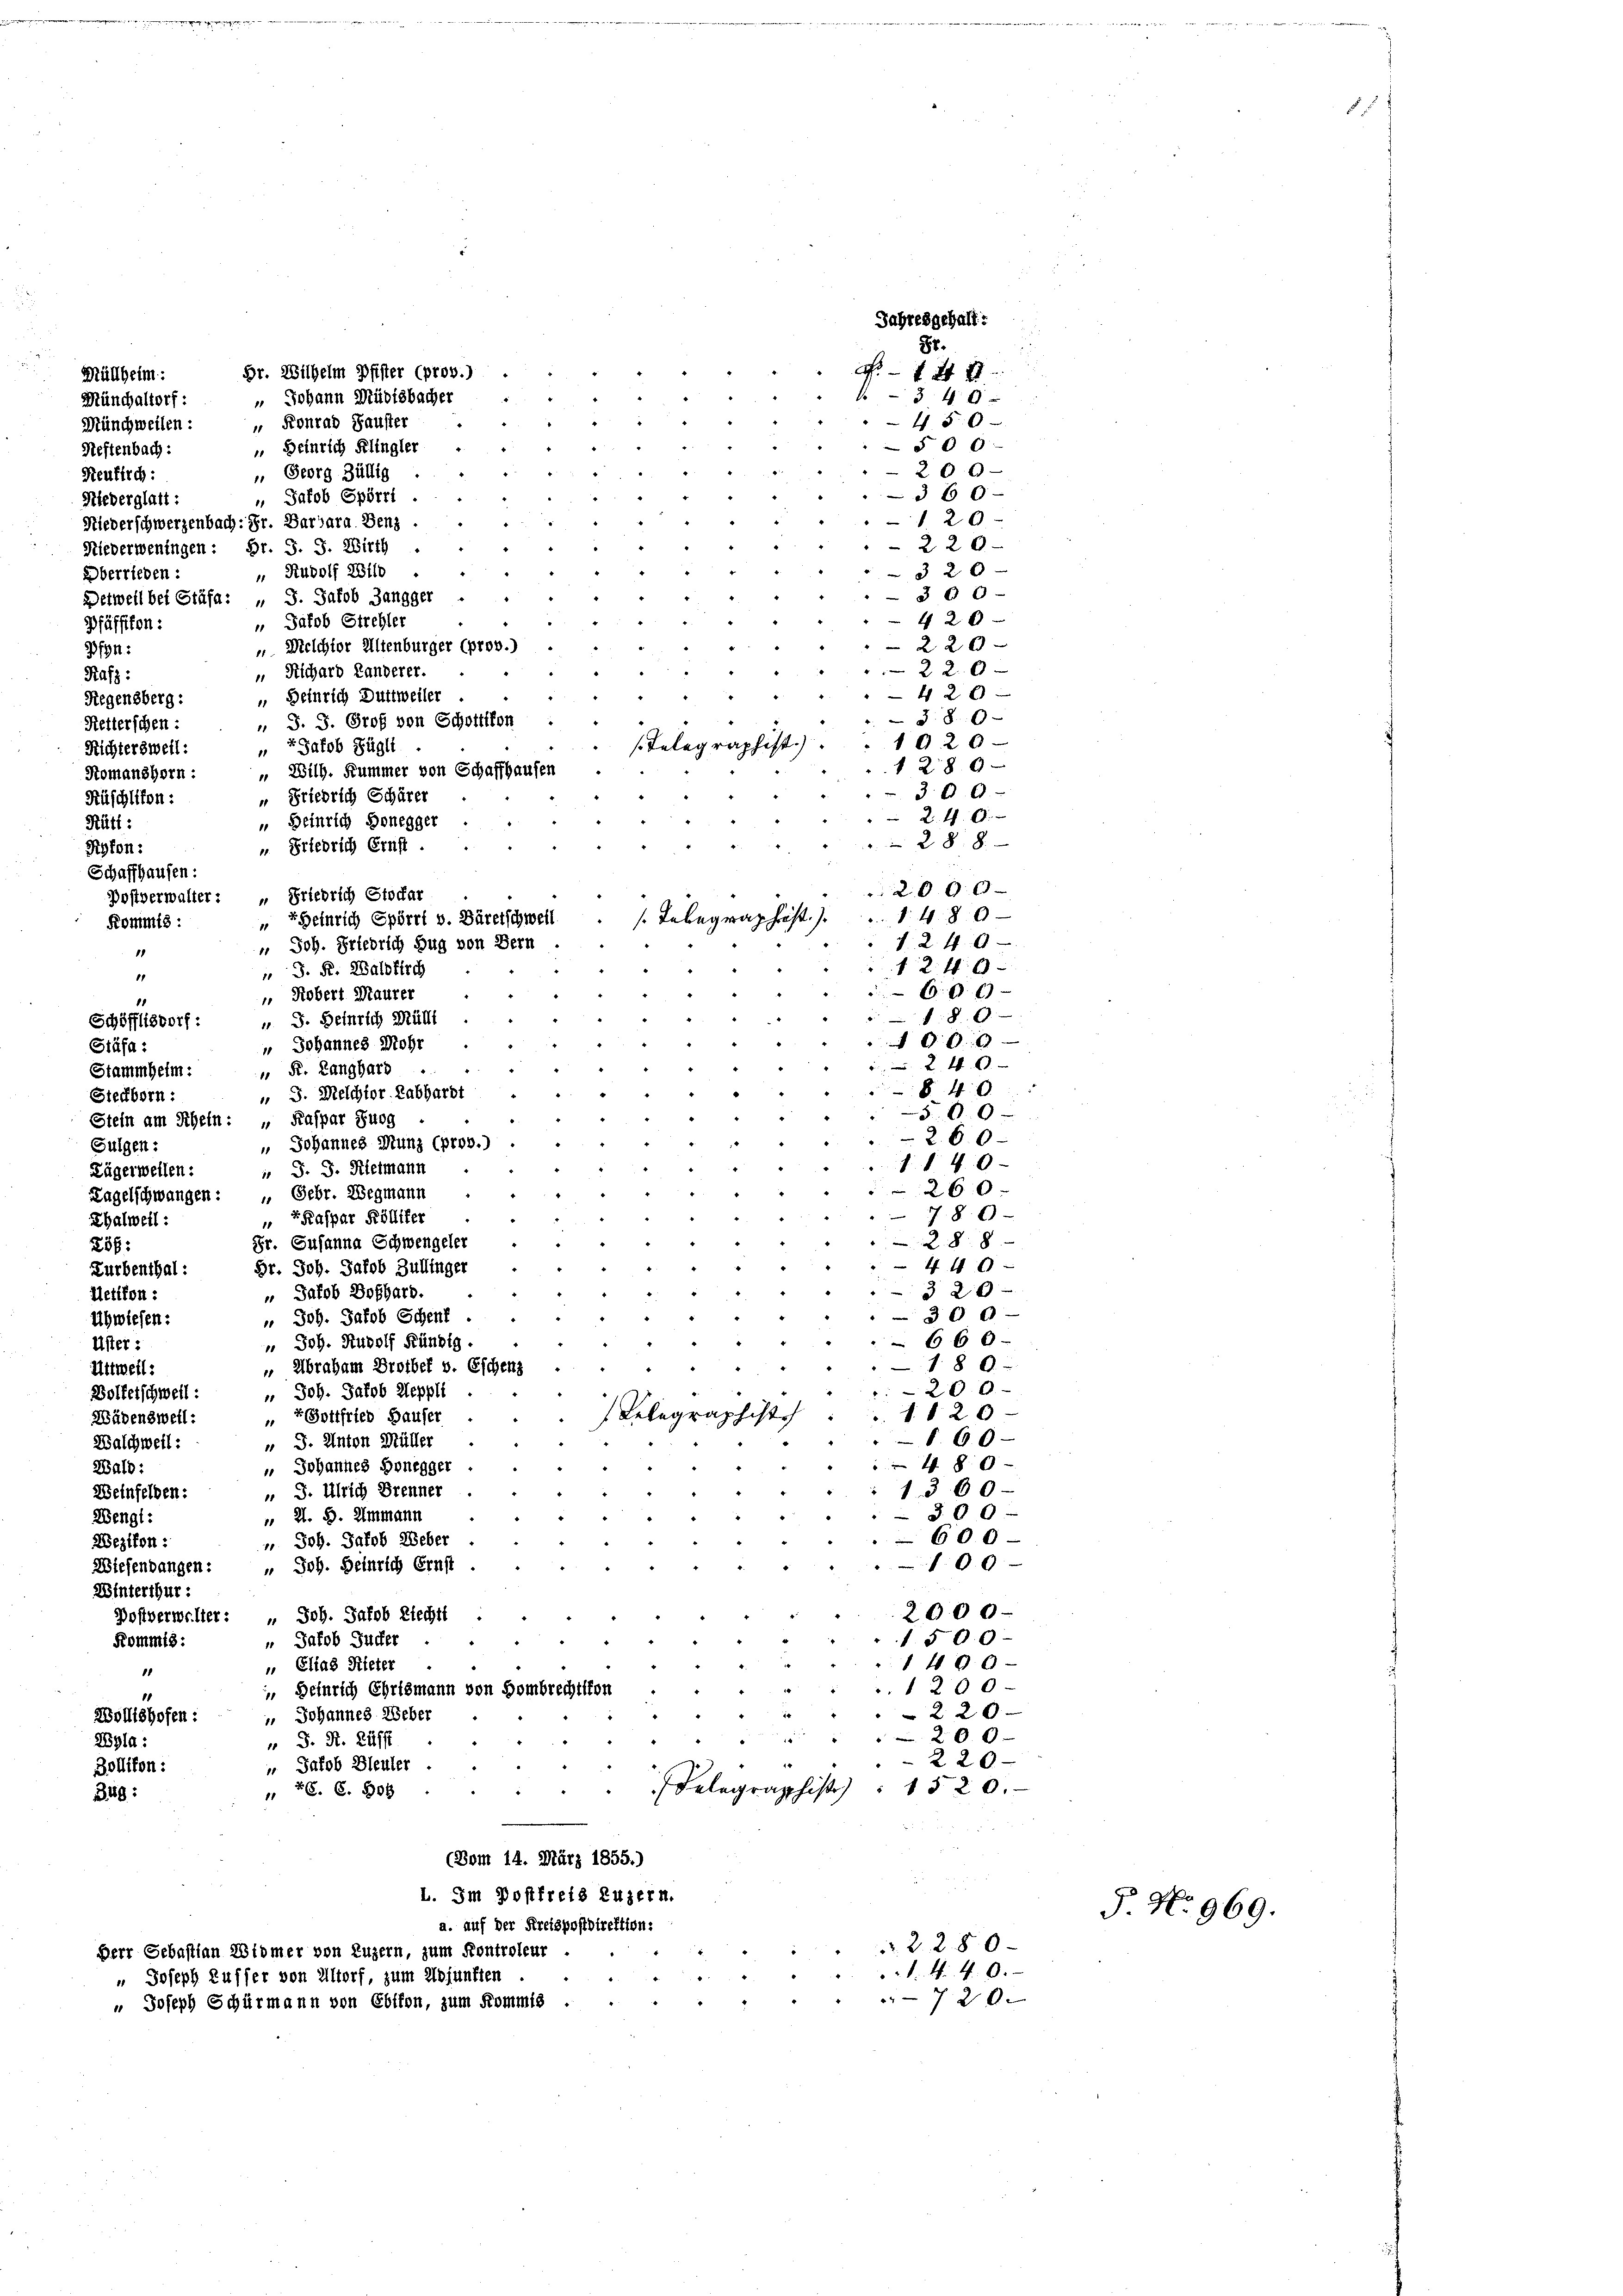
Mülheim:
Münchaltorf: „Johann Müdisbacher
Münchweilen: „Konrad Fauster
Neftenbach:
Seuflich:
Niederglatt:
Niederschwerzenbach: Fr. Barbara Benz
Niederweningen: Br. S. J. Wirth
Oberrieden:
Detweil bei Stäfa: „ J. Jakob Zangger
3/94:
Rafs:
Regensberg:
Ketterschen:
Richtersweil:
Romanshorn
Küschlikon:
Rütt:
Ryfon:
Schaffhausen:
Postverwalter: „Friedrich Stoffar
Kommis:

No 44 x
 34 x
450
§06
 Heinrich Klingler
20 0
 Georg Züllig
360
 Jakob Spörri
120
 220
320.
" Rudolf Wilo
300
420
 Jakob Strehler
“
220
 Melchior Altenburger (prov.)
220
 Richard Landerer.
42 x
3.80
1920
" Jakob Fügli
1289
300
 24. 6.
 28. 8.
2000
§ 246
18
1240
1
 0 x
 Robert Maurer
1
86
 J. Heinrich Mülle
Schöfflisdorf:
1000
 Johannes Mohr
Stäfa :
240
" F. Langhard
Stammheim:
§ 40
 S. Melchtor. Labhardt
Steckborn :
360
Stein am Schein: „ Kaspar Burg
260
 Johannes Munz (prov.)
Fulgen:
1140
 J. J. Kleimann
Zügerweilen:
260
Zagelschwangen : „ Gebr. Wegmann
78. 9
 Kaspar Kölliker
Thalweil:
288
Fr. Susanna Schwengeler
257:
440
Br. Joh. Jakob Züllinger
Zurbenthal:
3 20
 Jakob Boßhard.
Uetikon:
300
 Joh. Jakob Schenf
Uhwiesen:
66 0.
Joh. Rudolf Kündig.
Uster:
1
180
 Abraham Droibet v. Eschenz
Uttweil:
200
 Joh. Jakob Aeppli
Bolfelschweil:
. 1820
r Gottfried Hauser
Wädensweil:
11
860
" J. Anton Müller
Walchweil:
480
 Johannes Honegger
Wald:
1360
 J. Ulrich Brenner
Weinfelben:
300
 2. B. Ammann
Wengl:
600
 Joh. Jakob Weber
Wezikon:
100
Wiesendangen: " Joh. Heinrich Ernst
Winterthur:
2000
Postverwelter: " Joh. Jakob Rechts
1500
 Jakob Jucker
Kommis:
1400
 Elias Rieter
11
1200
 Heinrich Chrismann von Hombrechtsfon
.
220
 Johannes Weber
Wollishofen:
20 x
Wyla:
" J. R. 24 ff.
220
 Jakob Bleuler.
Bollikon:
Delegraphist.  1520.
 26. C. 509
249:
(Vom 14. März 1855.)

Pfäffikon:

Br. Wilhelm Pfister (prov.)

Heinrich Duttweiler
" J. J. Prof von Schottikon
histi
 Wilh. Kummer von Schaffhausen
 Friedrich Schärer
» Beinrich Honegger
u. Friedrich Ernst

begraphist. 1480
" Heinrich Spörri v. Bäretschweil.
 Joh. Friedrich Zug von Bern
J. R. Waldkirch

85.

esgehalt:

I. Im Postfreis Luzern.
a. auf der Kreispostdirektion:
2280-
Derr Sebastian 28tomer von Luzern, zum Kontroleur
 N. 4. 9.
" Joseph Kuffer von Altorf, zum Adjunften
72 x
" Joseph Schürmann von Ebikon, zum Kommis .

P. No. 969.